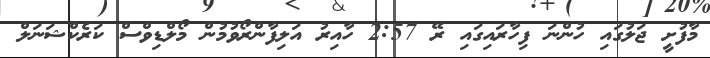
މާފުށީ ޖަލުގައި ހުންނަ ފިހާރައިގައި ރޭ 2:57 ހާއިރު އަލިފާންރޯވުމުން މޯލްޑިވްސް ކަރެކްޝަނަލް